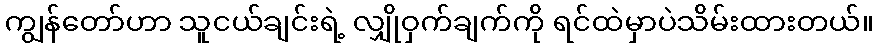
ကျွန်တော်ဟာ သူငယ်ချင်းရဲ့ လျှိုဝှက်ချက်ကို ရင်ထဲမှာပဲသိမ်းထားတယ်။